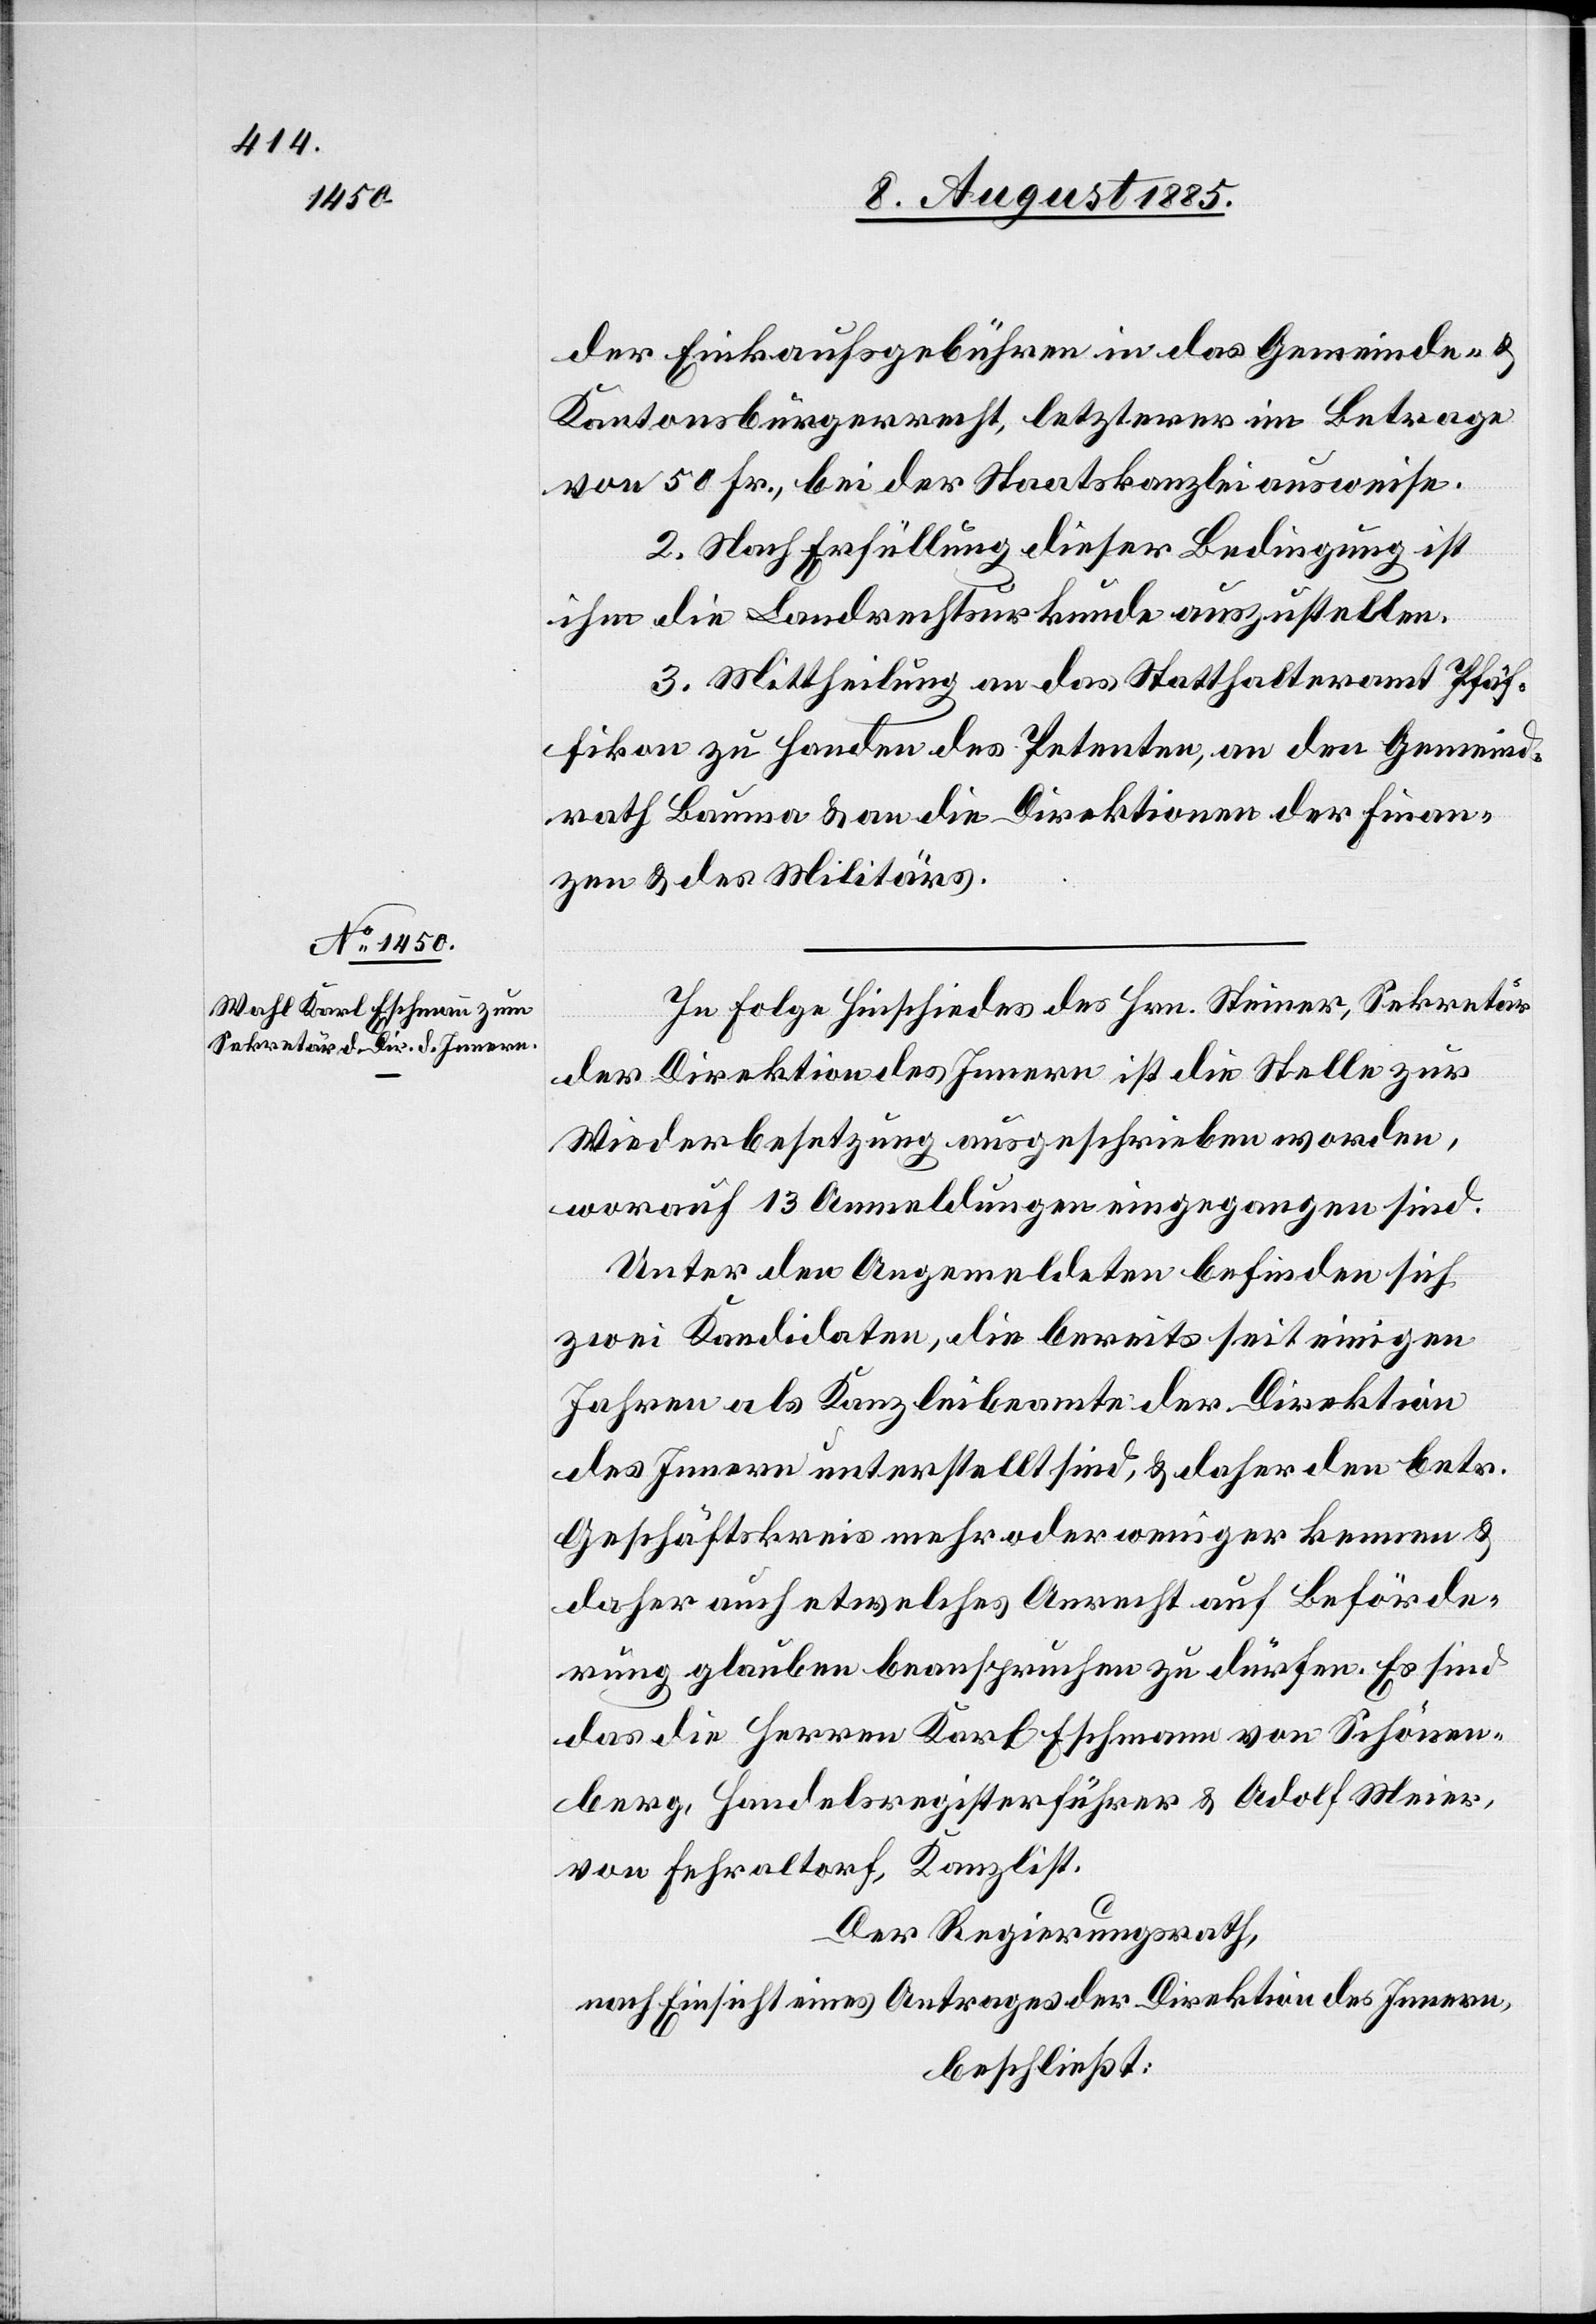
der Einkaufsgebühren in das Gemeinde- &
Kantonsbürgerrecht, letzterer im Betrage
von 50 Fr., bei der Staatskanzlei ausweise.
2. Nach Erfüllung dieser Bedingung ist
ihm die Landrechtsurkunde auszustellen.
3. Mittheilung an das Statthalteramt Pfäf¬
fikon zu Handen des Petenten, den Gemeind¬
rath Bauma & an die Direktion der Finan¬
zen & des Militärs.
In Folge Hinschiedes des Hrn. Steiner, Sekretär
der Direktion des Innern ist die Stelle zur
Wiederbesetzung ausgeschrieben worden,
worauf 13 Anmeldungen eingegangen sind.
Unter den Angemeldeten befinden sich
zwei Kandidaten, die bereits seit einigen
Jahren als Kanzleibeamte der Direktion
des Innern unterstellt sind, & daher den betr.
Geschäftskreis mehr oder weniger kennen &
daher auch etwelches Anrecht auf Beförde¬
rung glauben beanspruchen zu dürfen. Es sind
das die Herren Karl Eschmann von Schönen¬
berg, Handelsregisterführer & Adolf Meier,
von Fehraltorf, Kanzlist.
Der Regierungsrath,
nach Einsicht eines Antrages der Direktion des Innern,
beschließt: